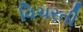
વિચરતી